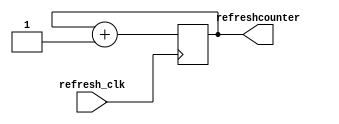
module refreshcounter(
input refresh_clk,
output reg [1:0] refreshcounter=0
    );

always@ (posedge refresh_clk) refreshcounter <= refreshcounter+1;

endmodule